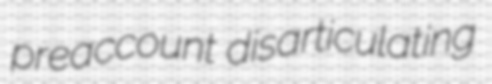
preaccount disarticulating